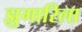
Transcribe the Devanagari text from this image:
झुगारिला